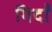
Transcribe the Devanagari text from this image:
गिर्दों